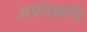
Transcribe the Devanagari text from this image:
अर्थासंबंधि